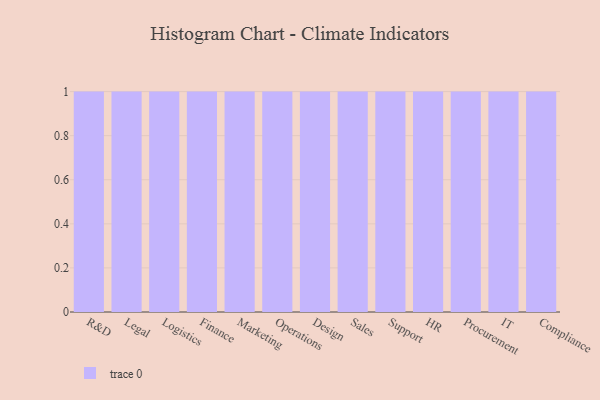
{"axis": {"x": "Department", "y": "Temperature (°C)"}, "legend": [""], "data": [{"x": "R&D", "y": 86, "type": ""}, {"x": "Legal", "y": 97, "type": ""}, {"x": "Logistics", "y": 50, "type": ""}, {"x": "Finance", "y": 47, "type": ""}, {"x": "Marketing", "y": 49, "type": ""}, {"x": "Operations", "y": 55, "type": ""}, {"x": "Design", "y": 23, "type": ""}, {"x": "Sales", "y": 65, "type": ""}, {"x": "Support", "y": 85, "type": ""}, {"x": "HR", "y": 48, "type": ""}, {"x": "Procurement", "y": 8, "type": ""}, {"x": "IT", "y": 56, "type": ""}, {"x": "Compliance", "y": 40, "type": ""}]}